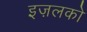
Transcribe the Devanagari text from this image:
इज़लको